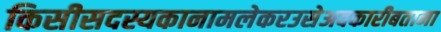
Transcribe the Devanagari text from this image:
किसीसदस्यकानामलेकरउसेअवकारीबताना